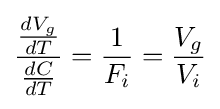
{\frac {\frac {dV_{g}}{dT}}{\frac {dC}{dT}}}={\frac {1}{F_{i}}}={\frac {V_{g}}{V_{i}}}